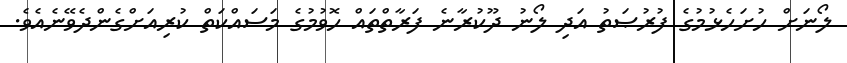
ލޯނަށް ހުށަހެޅުމުގެ ފުރުޞަތު އަދި ލޯނު ދޫކުރާނެ ފަރާތްތައް ހޮވުމުގެ މަސައްކަތް ކުރިއަށްގެންދެވޭނެއެވެ.